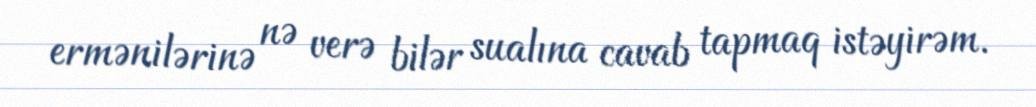
ermənilərinə nə verə bilər sualına cavab tapmaq istəyirəm.